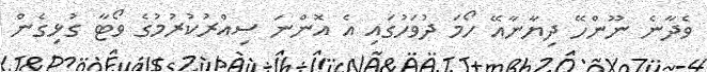
ވެދާނެ ނޫންހޭ ދިޔާނާއޭ ހޯމަ ދުވަހުގައި އެ އޮންނަ ސިއްރުކުރުމުގެ ވޯޓާ ގުޅިގެން